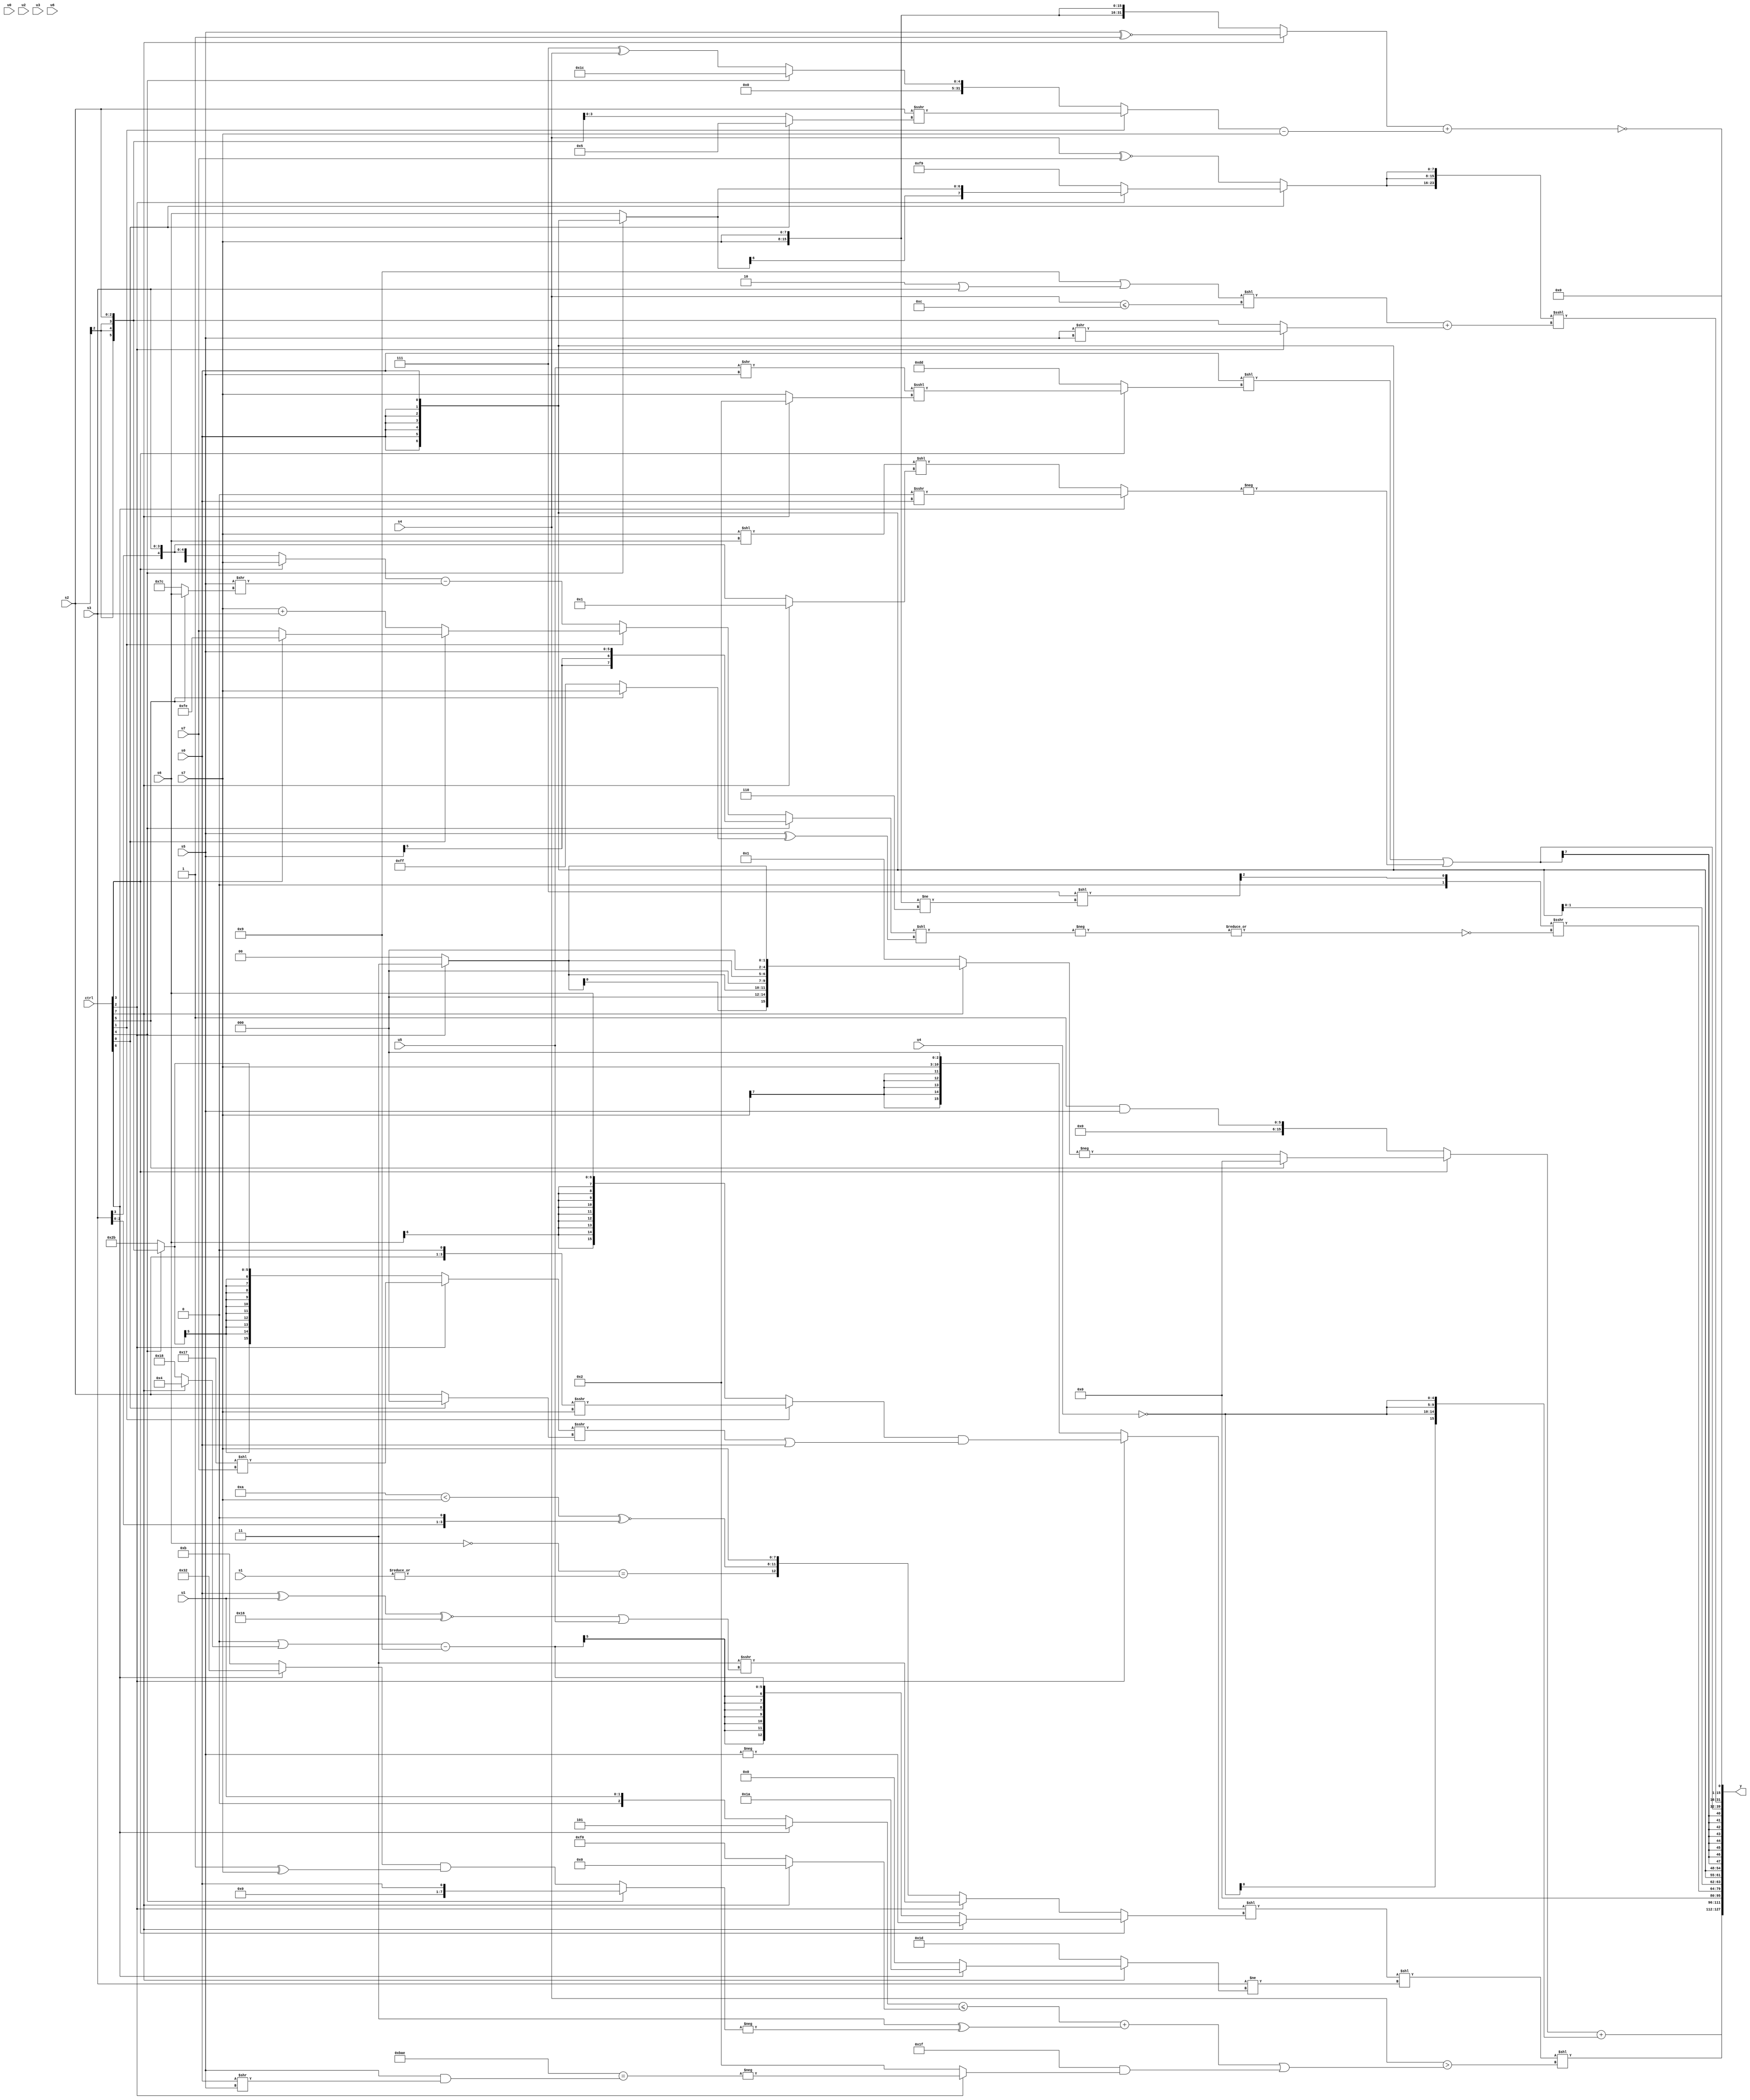
module wideexpr_00306(ctrl, u0, u1, u2, u3, u4, u5, u6, u7, s0, s1, s2, s3, s4, s5, s6, s7, y);
  input [7:0] ctrl;
  input [0:0] u0;
  input [1:0] u1;
  input [2:0] u2;
  input [3:0] u3;
  input [4:0] u4;
  input [5:0] u5;
  input [6:0] u6;
  input [7:0] u7;
  input signed [0:0] s0;
  input signed [1:0] s1;
  input signed [2:0] s2;
  input signed [3:0] s3;
  input signed [4:0] s4;
  input signed [5:0] s5;
  input signed [6:0] s6;
  input signed [7:0] s7;
  output [127:0] y;
  wire [15:0] y0;
  wire [15:0] y1;
  wire [15:0] y2;
  wire [15:0] y3;
  wire [15:0] y4;
  wire [15:0] y5;
  wire [15:0] y6;
  wire [15:0] y7;
  assign y = {y0,y1,y2,y3,y4,y5,y6,y7};
  assign y0 = ($signed((ctrl[3]?(ctrl[5]?(ctrl[1]?2'sb00:4'sb0000):-((ctrl[7]?{4{$signed((ctrl[2]?5'sb00011:1'sb0))}}:2'b01))):($signed(-(2'sb11)))&($signed(s5)))))+($unsigned($signed($signed({3{{3{$signed(~(u4))}}}}))));
  assign y1 = ((((ctrl[2]?((ctrl[1]?((s2)<<<(-(1'b1)))>>>(s7):s6))&((((ctrl[2]?(5'sb10111)<<(u7):(ctrl[4]?s2:6'sb101011)))>>>((ctrl[0]?2'sb00:s2)))|(s0)):(s7)<<<(4'sb0011)))<<((ctrl[3]?(ctrl[7]?-(s5):((((2'sb11)<<(6'sb001111))>>>(2'b11))|((ctrl[7]?4'sb0100:5'sb11000)))-($signed(5'sb01001))):(ctrl[2]?(2'sb11)>>>((((s0)^(u1))^~($signed(5'sb10110)))|(u5)):+({(~(s6))==(|(s1)),((6'sb001010)<(s7))^~((s3)<<<(2'b01)),$signed(s7)})))))<<((s3)!=((ctrl[7]?(ctrl[6]?-(4'sb0110):((s3)<<<(5'sb11111))&($signed((ctrl[7]?(3'b001)<<(3'sb100):(3'sb010)<(s4))))):$signed(5'b11101)))))<<((s4)>((($signed(+(($signed((ctrl[6]?3'sb101:u1)))<=((ctrl[7]?(s7)<<<(6'sb010111):5'sb10000)))))+((4'sb0011)^(-((ctrl[4]?+(^(s0)):((ctrl[6]?6'sb110010:5'sb01011))&((3'sb001)^(s7)))))))|((6'sb011111)&((ctrl[2]?-((+({2{6'b101110}}))==((s5)&((s0)>>(s5)))):2'sb10)))));
  assign y2 = $signed(-(($signed(((s5)==((ctrl[5]?u4:2'b00)))>>((1'sb0)^(6'sb101101))))<<(2'sb11)));
  assign y3 = ($signed(((3'b111)<<(({2{s7}})!=($signed(4'sb0110))))>>>((({+(3'sb111),4'sb0001,4'sb1110,{{2{$signed(s3)}},{{2{u2}},(ctrl[6]?u3:6'sb110001)},4'b0101}})!=($signed((ctrl[6]?(ctrl[2]?(s3)+(s1):(ctrl[6]?s7:s1)):(ctrl[7]?(s1)&(s4):(ctrl[6]?s0:s6))))))-(2'sb11))))>>>(~|(-(((ctrl[4]?(ctrl[4]?s5:(1'sb1)^~(4'sb1011)):(ctrl[1]?(ctrl[0]?(ctrl[3]?4'sb1110:$signed(u7)):+((s7)+(s3))):($signed((ctrl[3]?s7:s3)))-((s5)>>((ctrl[5]?s6:3'sb100))))))<<((s5)^(((ctrl[5]?(ctrl[1]?(ctrl[5]?s7:s4):s7):+((3'sb100)>>>(4'sb0100))))<<<(-((1'sb0)+((1'sb0)<<<(4'sb0010)))))))));
  assign y4 = s0;
  assign y5 = $signed($signed($signed(($signed(((s0)<<<(-(&(4'sb0010))))<<((ctrl[3]?((u5)>>(s5))<<<((ctrl[7]?4'sb0010:s7)):{2{-(4'sb0011)}}))))|(-((ctrl[6]?+(((1'sb0)>>>(s0))<<<(1'sb0)):((s7)<<(s6))<<($signed((ctrl[7]?5'sb00001:s3)))))))));
  assign y6 = ({3{(ctrl[0]?(ctrl[2]?(ctrl[4]?s0:s6):4'sb1001):$signed((s4)^~(u7)))}})<<<((((4'sb1001)|((2'sb10)|(s3)))<<(-((s4)<=(6'sb001100))))+((ctrl[2]?(s5)>>(+(s5)):s2)));
  assign y7 = !((+((ctrl[7]?($signed(s5))^~($signed(1'sb1)):{4{$signed(s7)}})))+(((ctrl[1]?(s2)>>>((ctrl[0]?4'sb0101:s2)):(ctrl[4]?$signed(5'b11100):(3'sb111)^(s4))))-(s7)));
endmodule